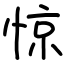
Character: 惊